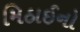
મિઠાઈનો